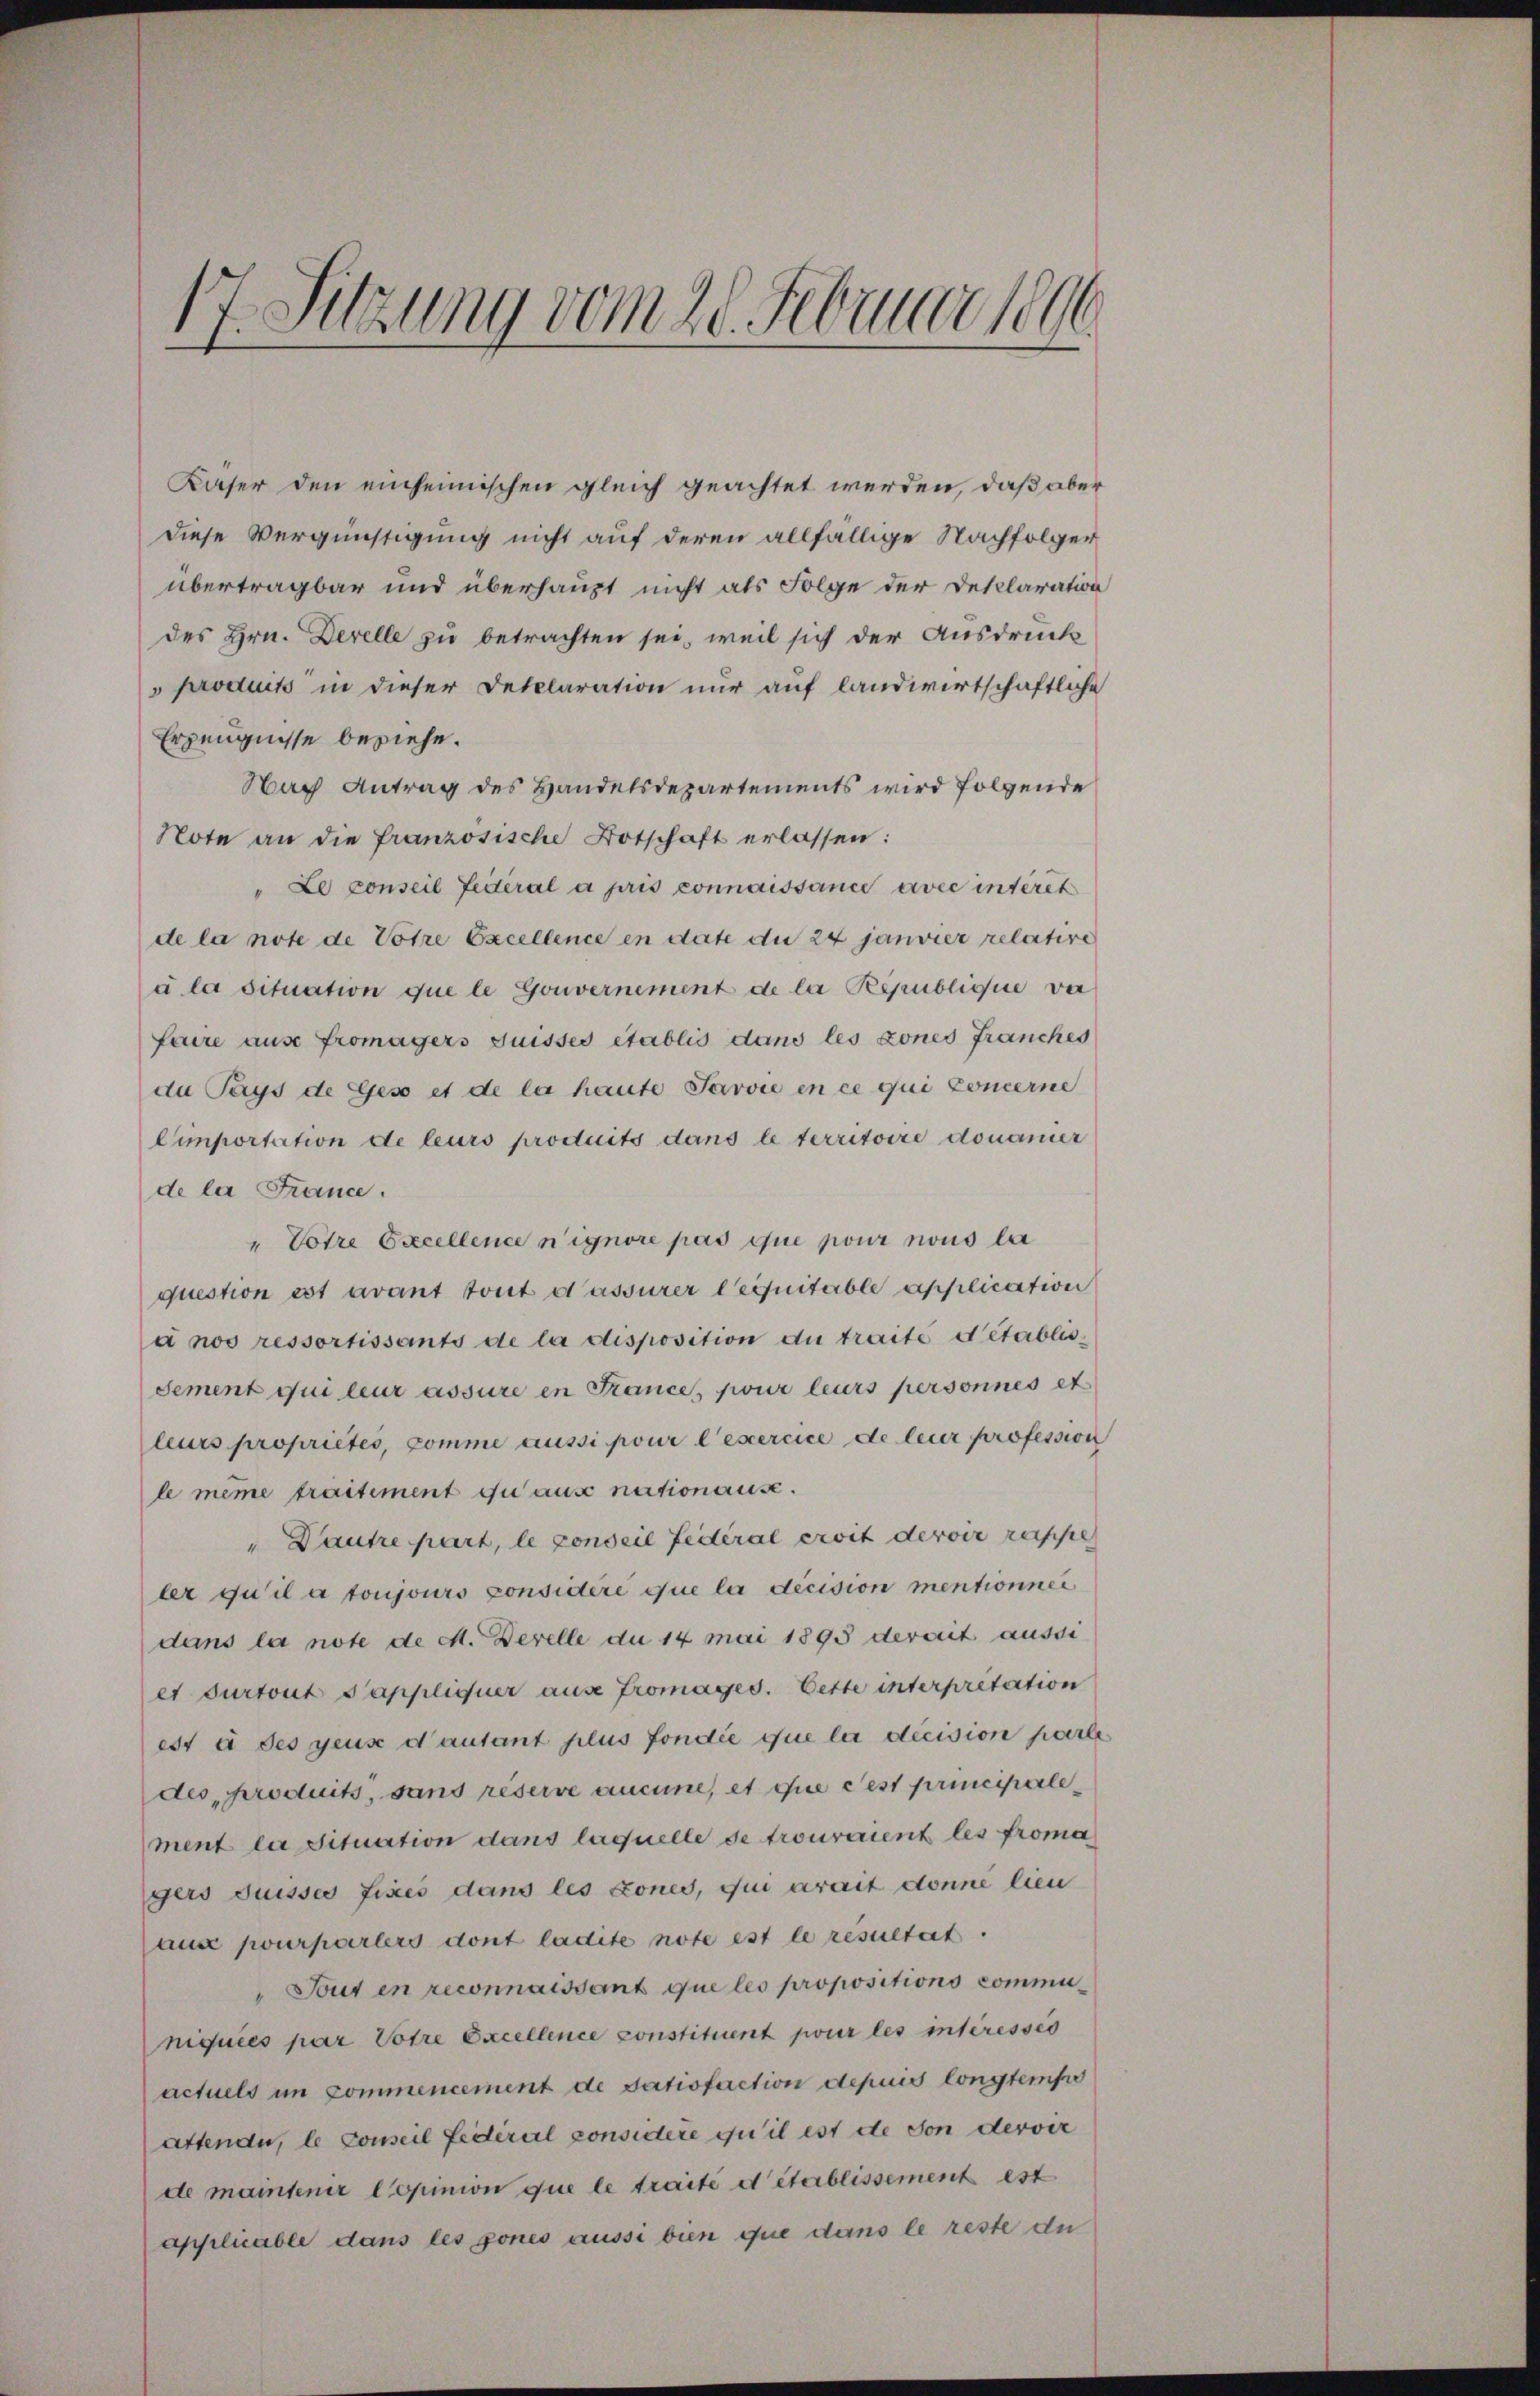
Kaser den einheimischen gleich geachtet werden, daß aber
diese Vergünstigung nicht auf deren allfällige Nachfolger
übertragbar und überhaupt nicht als Folge der Deklaration
des Hrn. Derelle zu betrachten sei, weil sich der Ausdruck
"produits in dieser Detelaration nur auf landwirtschaftliche
Erzeugnisse beziehe.
Nach Antrag des Handelsdepartements wird folgende
Note an die französische Botschaft erlassen:
" Le conseil Federal a pris connaissance avec interet
de la note de Votre Excellence en date du 24 janvier relative
a la situation que le Gouvernement de la Républiquie vor
faire ause fromagers suisses établis dans les dones Franches
da Pays de Geso et de la haute Jarvie en ce qui Concerne
Cimportation de leurs produits dans le territoire donaner
de la France.
"Votre Excellence n’ignore pas que pour nous la
question est avant tout d’assurer lequitable application
a nos ressortissants de la disposition du traite detablis,
sement qui leur assure in Krance, pour leurs personnes et
leurs propriétés, comme aussi pour l’exercice de leur profession
le même traitiment du aus nationause.
"Dautre part, le conseil fédéral eroit devoir reisse
ler qu’il a toujours considéré que la décision mentionner
dans la note de M. Derelle du 14 mai 1893 derait aussi
et curtout Tappliquer aus Fromages. Cette interpretation
est à des gens d’autant plus fondée que lui décision parle
des produits, sans reserve aucune et que cest principale
ment la situation dans laquelle de trouvaient les froma
gers Suisses fixes dans les tones, qui arait donne lien
aus pourparlers dont ladite note est le resultat.
"Tout en reconnaissant que les propositions communiquies par Votre Excellence constituent pour les interesses
actuels im Commencement de satisfaction depuis longtempo
attende, le conseil fédéral considere zu il est de von dervir
de mantenir Copinion que le traité détablissement est
applicable dans les pones aussi bien que dans le reste di

17. Sitzung vom 20. Februar 1896